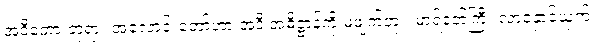
အဲဒီတော့ ဘုရား အလောင်းတော်ဟာ အဲဒီ အဓိဋ္ဌာန်ကို မဖျက်ဘူး၊ မာရ်နတ်ကြီး လာနှောင့်ယှက်